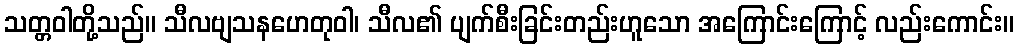
သတ္တဝါတို့သည်။ သီလဗျသနဟေတုဝါ၊ သီလ၏ ပျက်စီးခြင်းတည်းဟူသော အကြောင်းကြောင့် လည်းကောင်း။